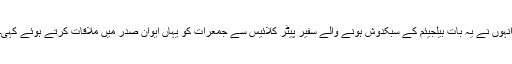
انہوں نے یہ بات بیلجیئم کے سبکدوش ہونے والے سفیر پیٹر کلائیس سے جمعرات کو یہاں ایوان صدر میں ملاقات کرتے ہوئے کہی۔